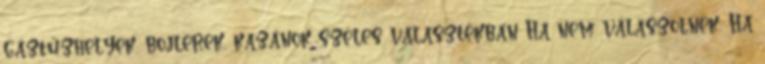
gáztűzhelyek, bojlerek, kazánok széles választékban Ha nem válaszolnék. Ha